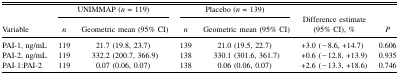
|  | <COLSPAN=2> UNIMMAP (n = 119) | <COLSPAN=2> Placebo (n = 139) |  |  |
 | Variable | n | Geometric mean (95% CI) | n | Geometric mean (95% CI) | Difference estimate (95% CI), % | P |
 | --- | --- | --- | --- | --- | --- | --- |
 | PAI-1, ng/mL | 119 | 21.7 (19.8, 23.7) | 139 | 21.0 (19.5, 22.7) | +3.0 (−8.6, +14.7) | 0.606 |
 | PAI-2, ng/mL | 119 | 332.2 (200.7, 366.9) | 138 | 330.1 (301.6, 361.7) | +0.6 (−12.8, +13.9) | 0.935 |
 | PAI-1:PAI-2 | 119 | 0.07 (0.06, 0.07) | 138 | 0.06 (0.06, 0.07) | +2.6 (−13.3, +18.6) | 0.746 |